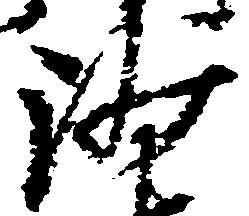
沙